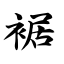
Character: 裾